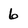
Character: 6